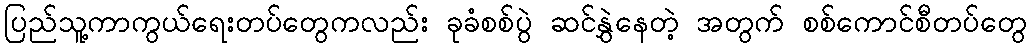
ပြည်သူ့ကာကွယ်ရေးတပ်တွေကလည်း ခုခံစစ်ပွဲ ဆင်နွှဲနေတဲ့ အတွက် စစ်ကောင်စီတပ်တွေ